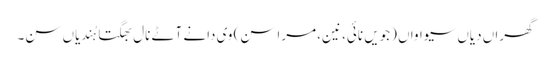
گھراں دیاں سیواواں (جویں نائی، نین، مراسن) وی دانے آٹے نال بھگتا ہُندیاں سن۔